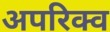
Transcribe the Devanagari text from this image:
अपरिक्व